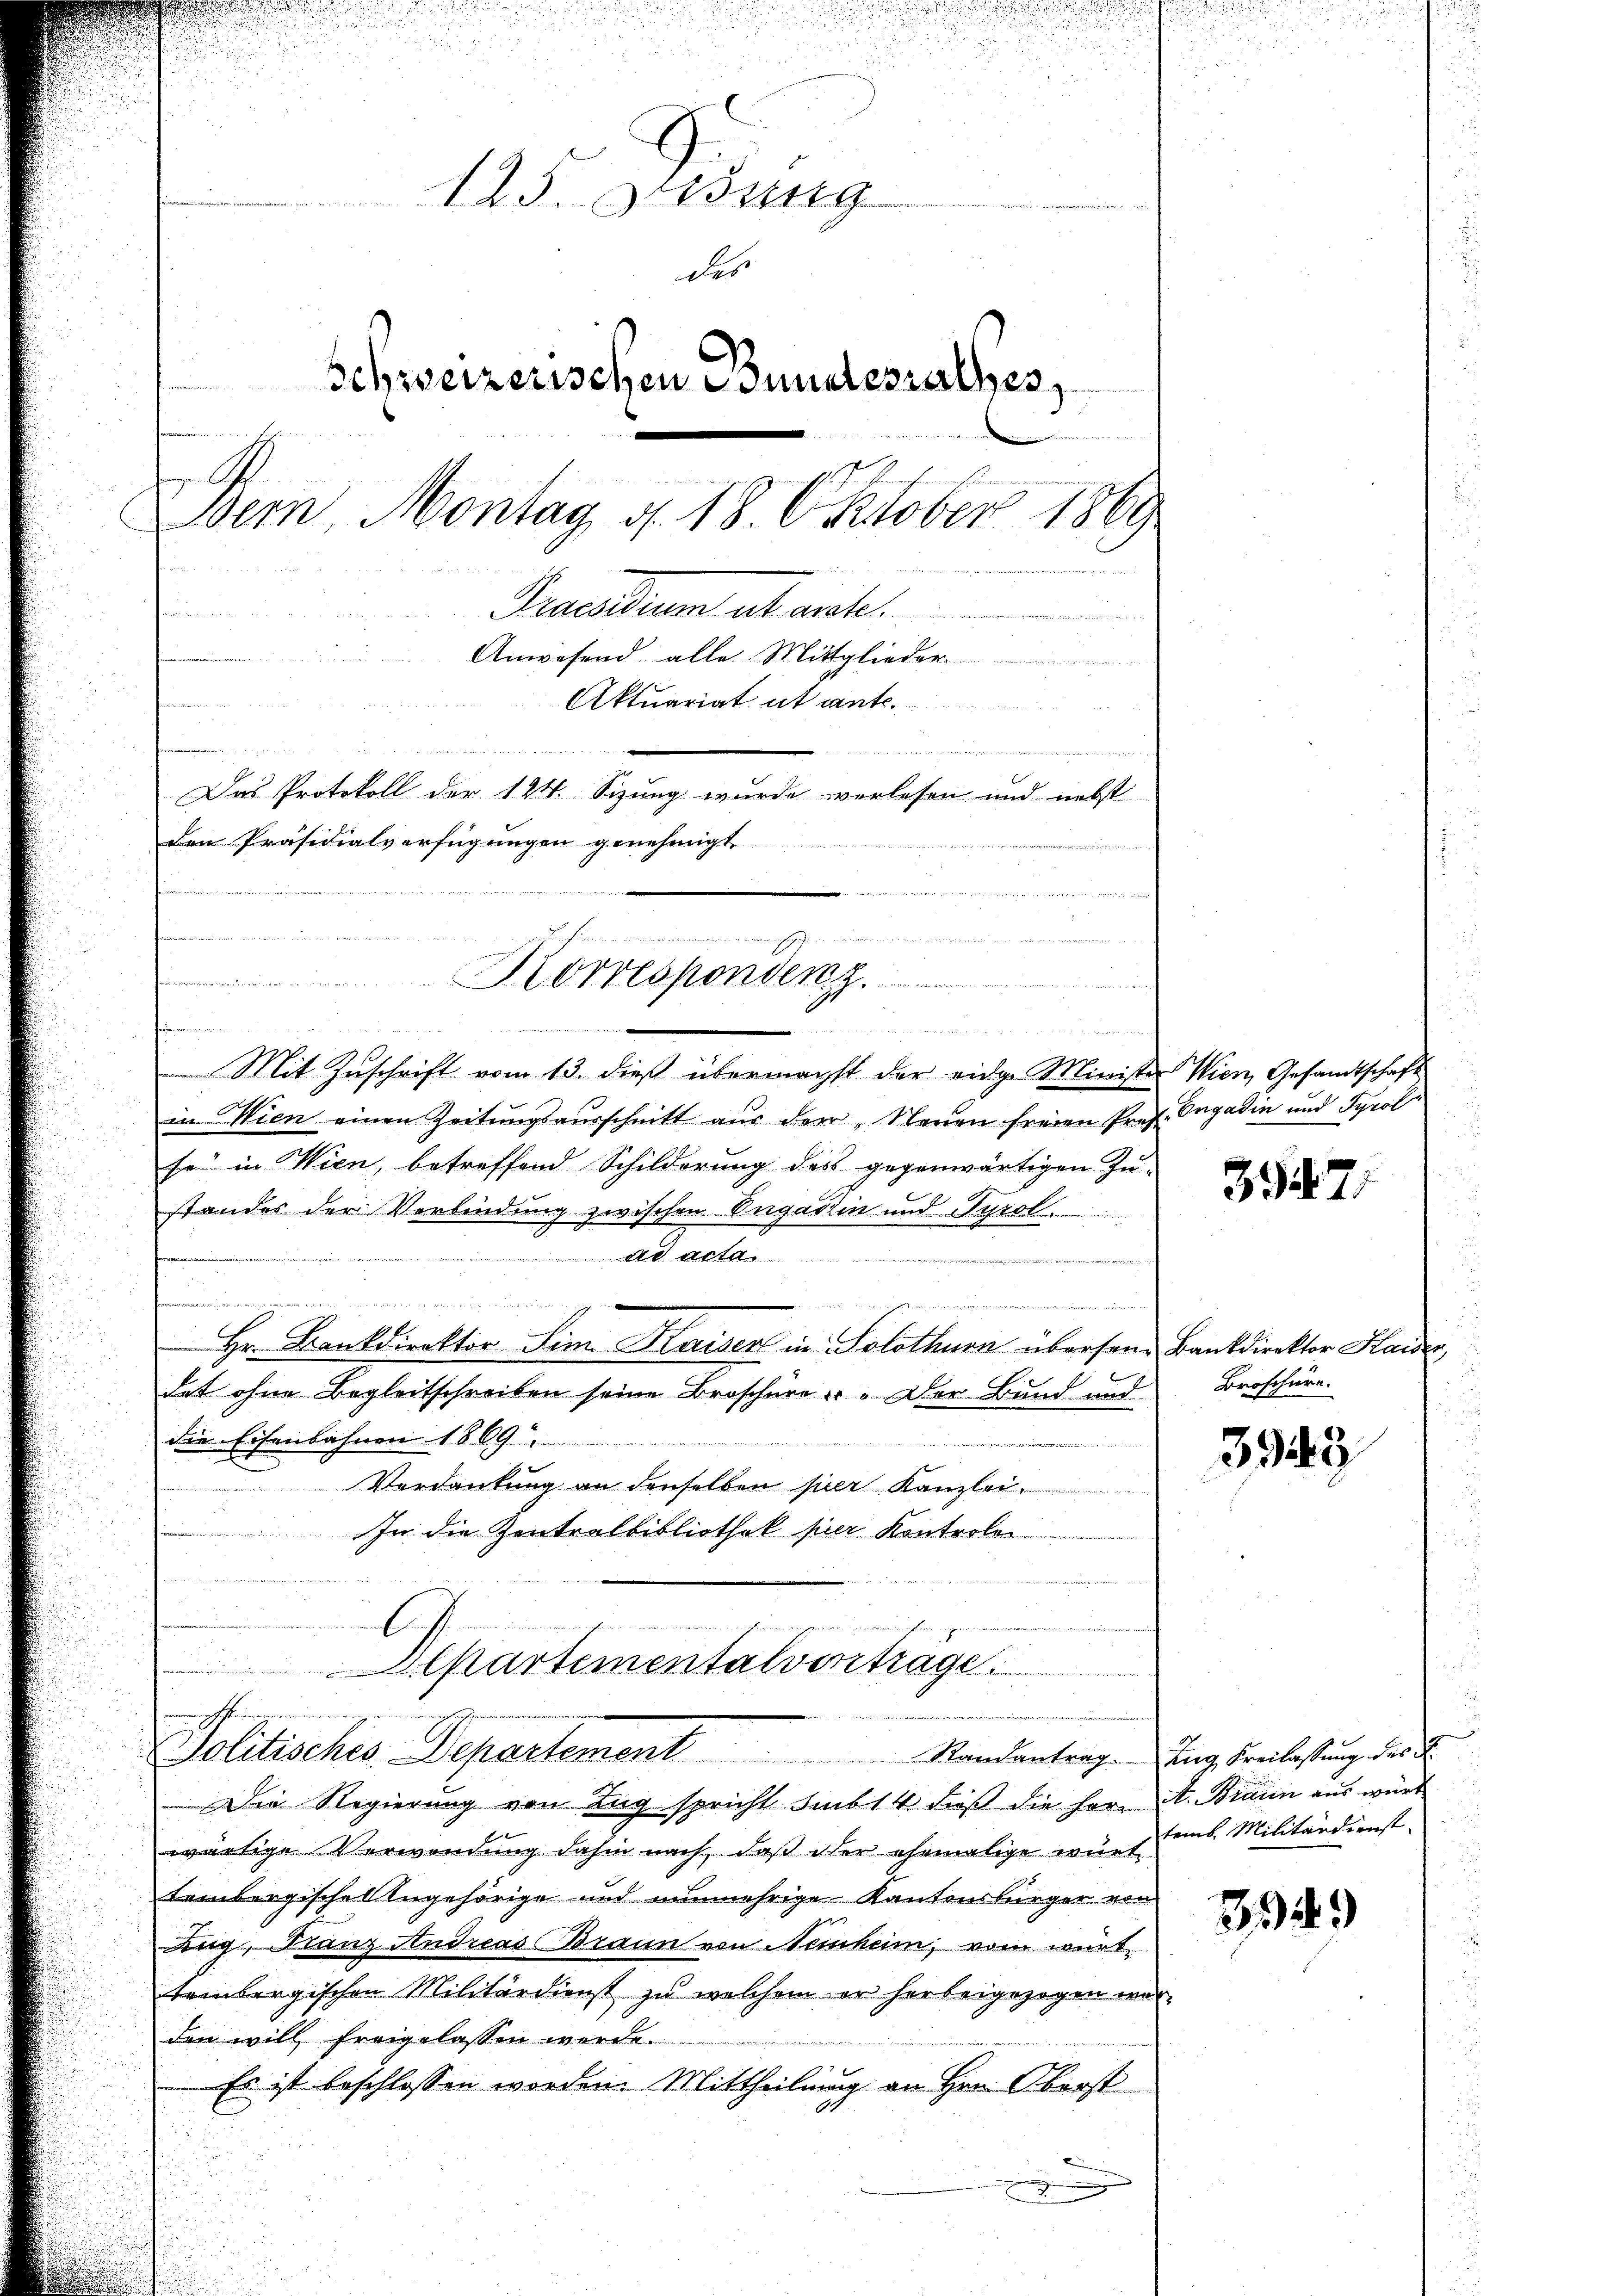
u

125. Jung
des
Schweizerischen Bundesrathes,
Bern, Montag d. 18. Oktober 1889
Praesum ab art.
n
Anwesend, alle Mittglieder
Aktuariat ut ante.
n
n
m
Das Protokoll der 124. Sizung wurde verlesen und nebst
den Präsidialverfügungen genehmigt.

de   die in mein vielen
Korrespondenz.

u

u

n
Promemorien
a
t
2
.
u
Mit Zuschrift vom 13. dieß übermächst der eidge Ministe
in Wien einen Zeitungsausschnitt aus den Neuen freien Prof.
se in Wien, betreffend Schilderung des gegenwärtigen Zu-
standes der Verbindung zwischen Engadin und Tyrol
ata
d
un
 den
Hr. Bankdirektor Sim Kaisen in Solothurn übersendat ohne Begleitschreiben seine Broschüre er. Der Bund und
die Eisenbahnen 1869
Verdankung an denselben per Kanzlei.
In die Zentralbibliothek hier Konterlei
partementalverträge.
.
deren
Politisches Departement
Die Regierung von Zug spricht sub 14 dieß die Herr A. Braun aus würd
wärtige Verwendung dahin nach, daβ der ehemalige würt uns. Militärdienst-
Lembergischel Angehörige und nunmehrige Kantonsbürger von
Lug, Franz Andreas Braun von Nesheim, vom württembergischen Militärdienst zu welchem er herbeigezogen wo
den will freigelassen werde.
Es ist beschlossen worden. Mittheilung an Hrn. Oberst

Wien, Gesandtschaft
. Engadin und Tyrol

39471

Bankdirektor Kaiser,
Broschüre.

3943

Randantrag. Zug Freilassung des K.
d

3349